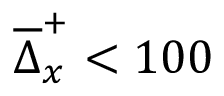
\overline { { \Delta } } _ { x } ^ { + } < 1 0 0